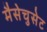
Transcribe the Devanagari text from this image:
मैसेचुसेट